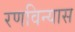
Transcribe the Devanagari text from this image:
रणविन्यास